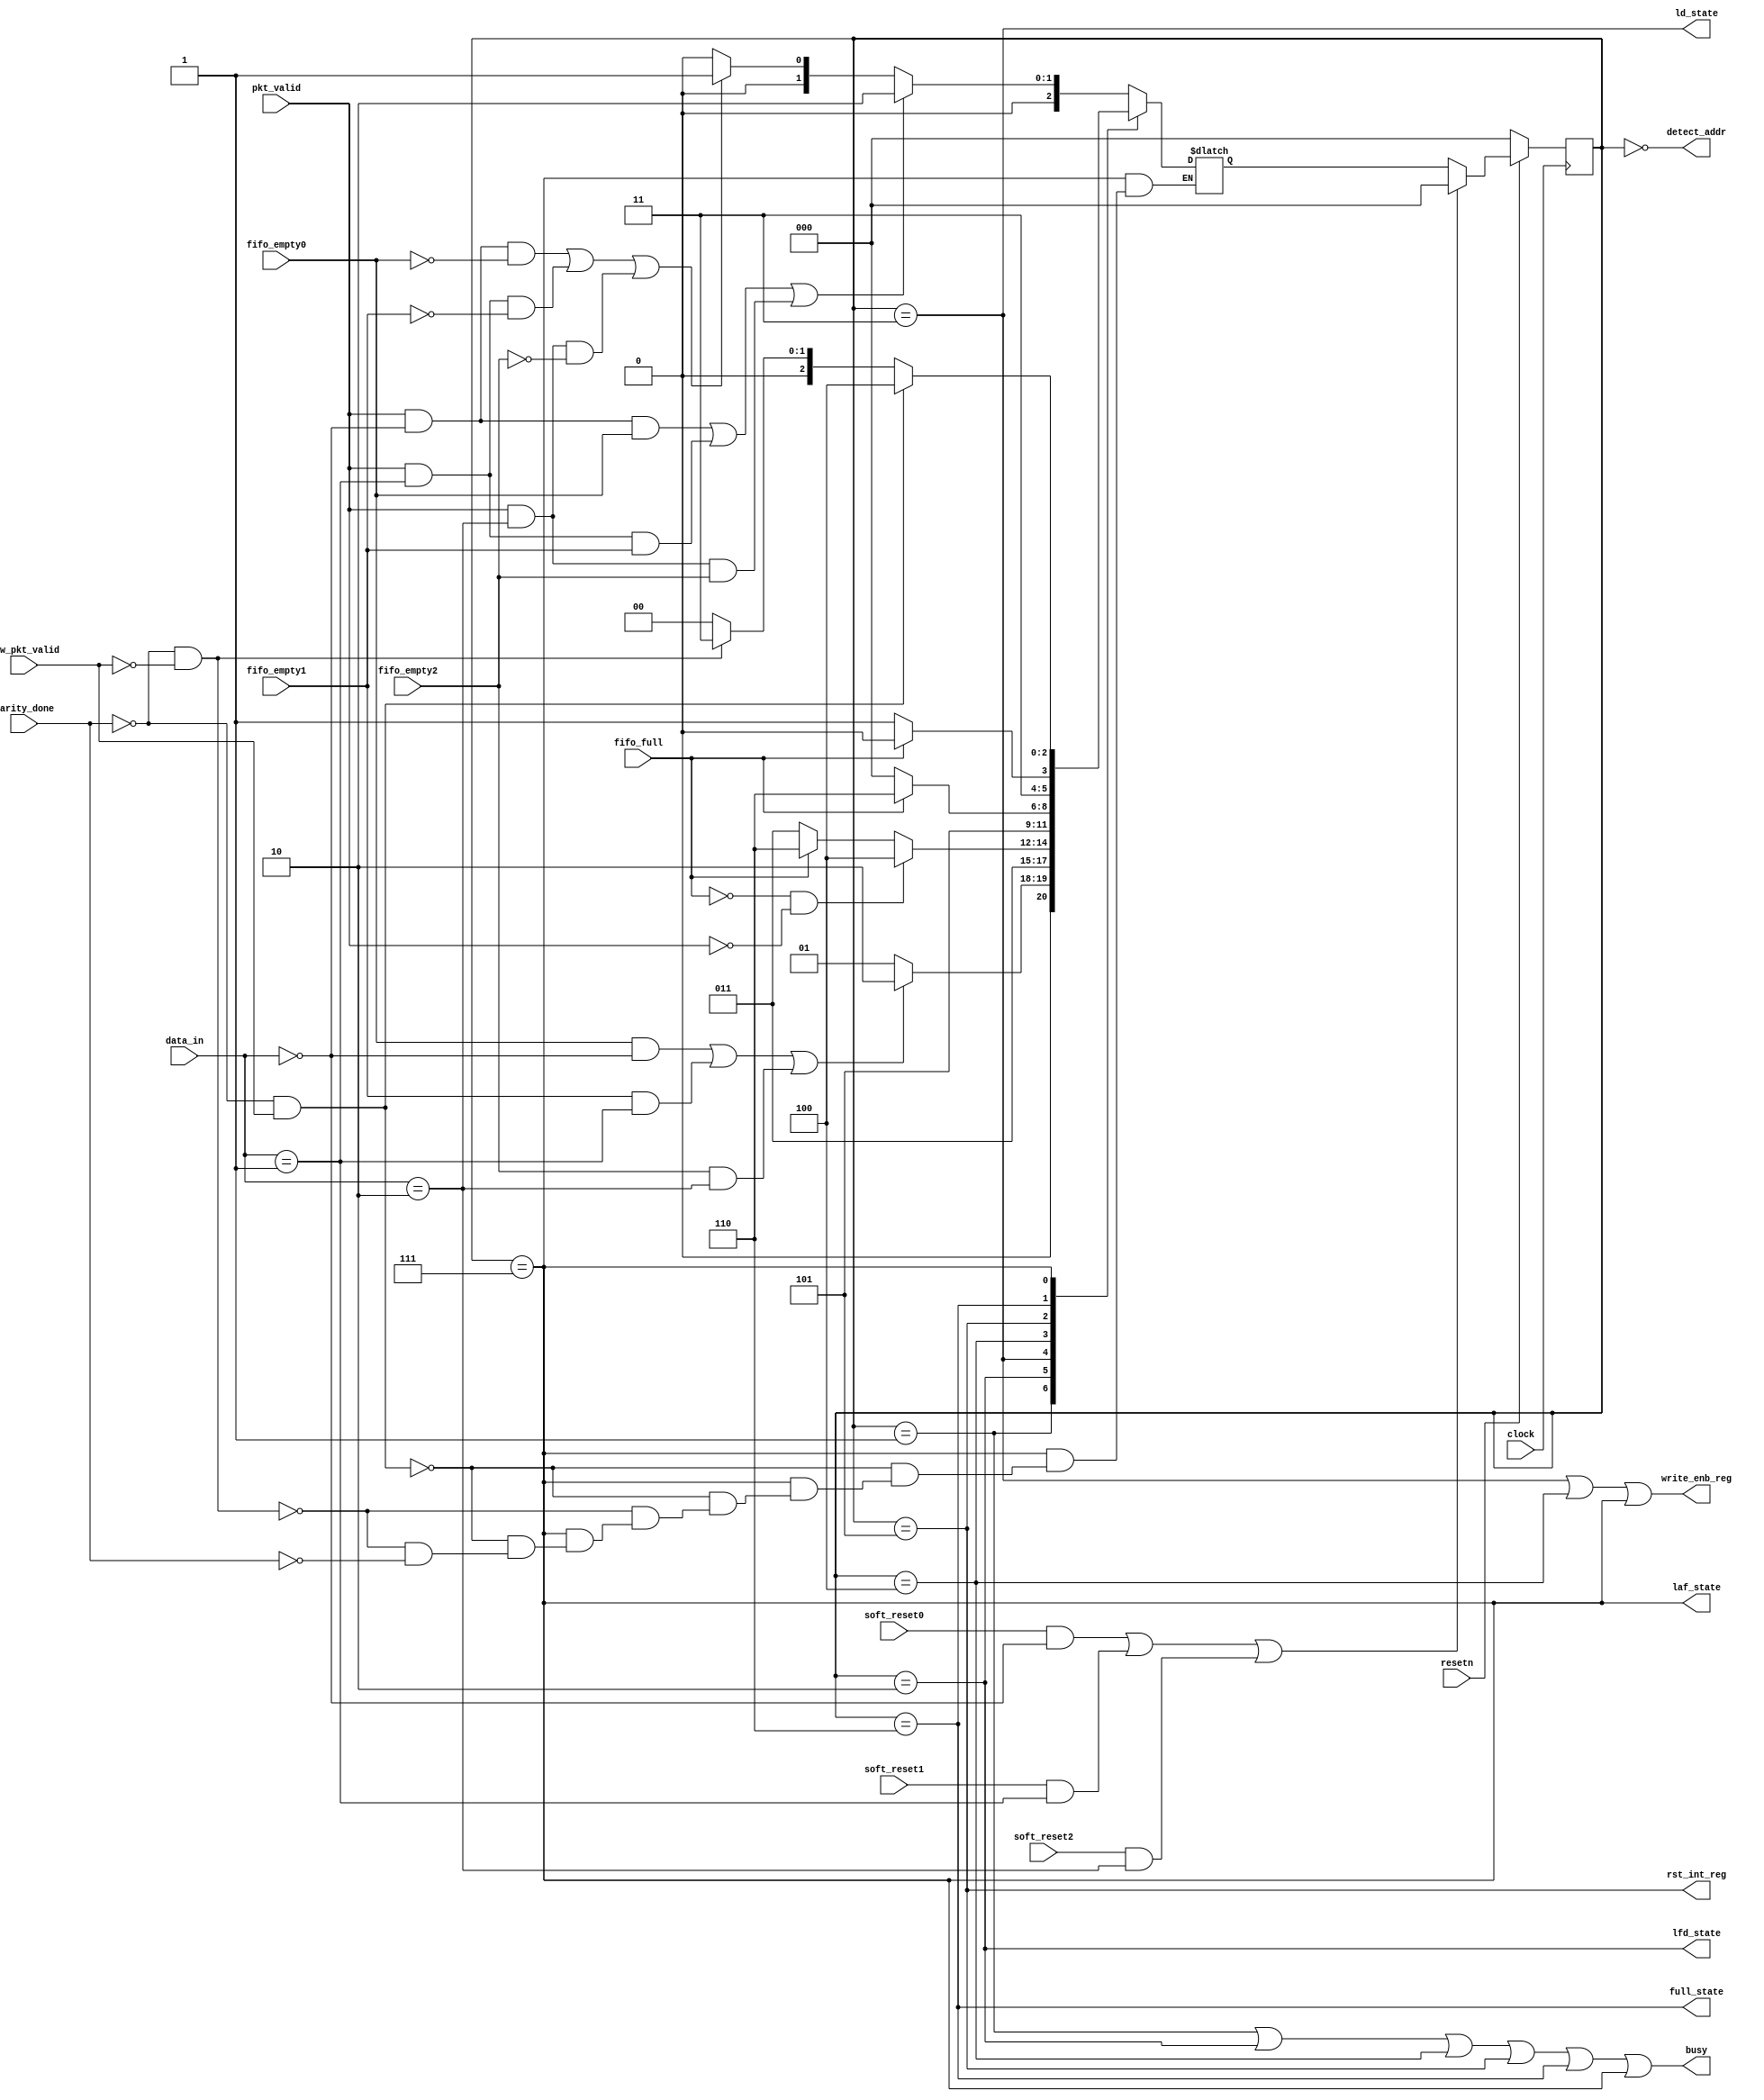
`timescale 1ns / 1ps

module FSM(
    input clock, resetn, pkt_valid, parity_done, fifo_full, low_pkt_valid,
    input soft_reset0, soft_reset1, soft_reset2,
    input fifo_empty0, fifo_empty1, fifo_empty2,
    input [1:0]data_in,  //Destination address
    output busy, detect_addr, ld_state, laf_state, full_state, write_enb_reg, rst_int_reg, lfd_state
 );
 
 parameter DECODE_ADDRESS=0, WAIT_TILL_EMPTY=1, LOAD_FIRST_DATA=2, LOAD_DATA=3,
           LOAD_PARITY=4, CHECK_PARITY_ERROR=5, FIFO_FULL_STATE=6, LOAD_AFTER_FULL=7;
 
 reg [2:0]PS, NS;
 
 always@(posedge clock)
 begin
    if(!resetn)
        PS<=DECODE_ADDRESS;
    else if(( soft_reset0 && data_in[1:0]==0 ) ||
            ( soft_reset1 && data_in[1:0]==1 ) ||
            ( soft_reset2 && data_in[1:0]==2 ))
         PS<=DECODE_ADDRESS;        
    else
        PS<=NS;
 end
 
 //State logic
 always@(*)
 begin
    case(PS)
        DECODE_ADDRESS : if(( pkt_valid && (data_in[1:0]==0) && fifo_empty0 ) ||
                            ( pkt_valid && (data_in[1:0]==1) && fifo_empty1 ) ||
                            ( pkt_valid && (data_in[1:0]==2) && fifo_empty2 ))
                                        NS=LOAD_FIRST_DATA;
                         else if(( pkt_valid && (data_in[1:0]==0) && !fifo_empty0 ) ||
                                 ( pkt_valid && (data_in[1:0]==1) && !fifo_empty1 ) ||
                                 ( pkt_valid && (data_in[1:0]==2) && !fifo_empty2 ))
                                        NS=WAIT_TILL_EMPTY;
                         else           NS=DECODE_ADDRESS;
                         
       WAIT_TILL_EMPTY : if(( fifo_empty0 && (data_in[1:0]==0) ) ||
                            ( fifo_empty1 && (data_in[1:0]==1) ) ||
                            ( fifo_empty2 && (data_in[1:0]==2) ))
                                        NS=LOAD_FIRST_DATA;
                         else           NS=WAIT_TILL_EMPTY;
    
       LOAD_FIRST_DATA :                NS=LOAD_DATA;
      
             LOAD_DATA : if( !fifo_full && !pkt_valid )
                                        NS=LOAD_PARITY;
                         else if( fifo_full)
                                        NS=FIFO_FULL_STATE;
                         else           NS=LOAD_DATA;
                         
           LOAD_PARITY :                NS=CHECK_PARITY_ERROR;
           
    CHECK_PARITY_ERROR : if( fifo_full )
                                        NS=FIFO_FULL_STATE;
                         else
                                        NS=DECODE_ADDRESS;
                     
       FIFO_FULL_STATE : if( !fifo_full )
                                        NS=LOAD_AFTER_FULL;
                         else if( fifo_full )
                                        NS=FIFO_FULL_STATE;
             
       LOAD_AFTER_FULL : if ( !parity_done && low_pkt_valid )
                                        NS=LOAD_PARITY;
                         else if ( !parity_done && !low_pkt_valid )
                                        NS=LOAD_DATA;
                         else if ( parity_done )
                                        NS=DECODE_ADDRESS; 
               default :                NS=DECODE_ADDRESS;
           
     endcase                                                                           
 end
 
 //Output logic  busy, detect_addr, lfd_state, ld_state, laf_state, full_state, write_enb_reg, rst_int_reg 
assign busy = (PS==WAIT_TILL_EMPTY) || (PS==LOAD_FIRST_DATA) || (PS==LOAD_PARITY) || (PS==CHECK_PARITY_ERROR) ||
              (PS==FIFO_FULL_STATE) || (PS==LOAD_AFTER_FULL);
assign detect_addr = (PS==DECODE_ADDRESS);
assign lfd_state = (PS==LOAD_FIRST_DATA);
assign ld_state = (PS==LOAD_DATA);
assign laf_state = (PS==LOAD_AFTER_FULL);
assign full_state = (PS==FIFO_FULL_STATE);
assign write_enb_reg = (PS==LOAD_DATA) || (PS==LOAD_PARITY) || (PS==LOAD_AFTER_FULL); //(PS== LOAD_FIRST_DATA) 
assign rst_int_reg = (PS==CHECK_PARITY_ERROR);
        
endmodule